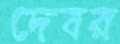
দেবর